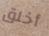
أخلق